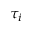
\tau _ { i }